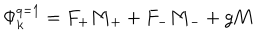
\Phi _ { k } ^ { q = 1 } = F _ { + } { \bf M } _ { + } + F _ { - } { \bf M } _ { - } + g { \bf M }